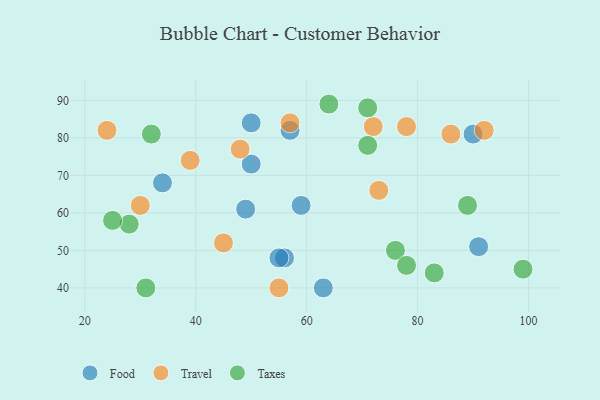
{"axis": {"x": "GDP", "y": "Life Expectancy"}, "legend": ["Food", "Taxes", "Travel"], "data": [{"x": "91", "y": 51, "type": "Food"}, {"x": "63", "y": 40, "type": "Food"}, {"x": "34", "y": 68, "type": "Food"}, {"x": "90", "y": 81, "type": "Food"}, {"x": "56", "y": 48, "type": "Food"}, {"x": "50", "y": 73, "type": "Food"}, {"x": "57", "y": 82, "type": "Food"}, {"x": "50", "y": 84, "type": "Food"}, {"x": "59", "y": 62, "type": "Food"}, {"x": "55", "y": 48, "type": "Food"}, {"x": "49", "y": 61, "type": "Food"}, {"x": "57", "y": 84, "type": "Travel"}, {"x": "72", "y": 83, "type": "Travel"}, {"x": "86", "y": 81, "type": "Travel"}, {"x": "55", "y": 40, "type": "Travel"}, {"x": "92", "y": 82, "type": "Travel"}, {"x": "30", "y": 62, "type": "Travel"}, {"x": "24", "y": 82, "type": "Travel"}, {"x": "39", "y": 74, "type": "Travel"}, {"x": "73", "y": 66, "type": "Travel"}, {"x": "45", "y": 52, "type": "Travel"}, {"x": "78", "y": 83, "type": "Travel"}, {"x": "48", "y": 77, "type": "Travel"}, {"x": "71", "y": 88, "type": "Taxes"}, {"x": "31", "y": 40, "type": "Taxes"}, {"x": "28", "y": 57, "type": "Taxes"}, {"x": "64", "y": 89, "type": "Taxes"}, {"x": "83", "y": 44, "type": "Taxes"}, {"x": "99", "y": 45, "type": "Taxes"}, {"x": "71", "y": 78, "type": "Taxes"}, {"x": "32", "y": 81, "type": "Taxes"}, {"x": "76", "y": 50, "type": "Taxes"}, {"x": "89", "y": 62, "type": "Taxes"}, {"x": "78", "y": 46, "type": "Taxes"}, {"x": "25", "y": 58, "type": "Taxes"}]}